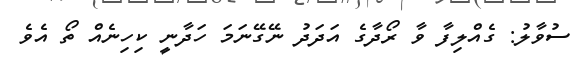
ސުވާލު: ގެއްލިފާ ވާ ރޯދާގެ އަދަދު ނޭގޭނަމަ ހަދާނީ ކިހިނެއް ތޯ އެވެ